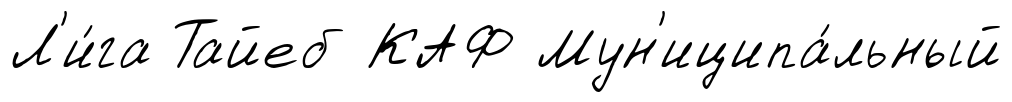
Л'и́га Тайеб КАФ Мун'иципа́льный